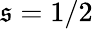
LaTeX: \mathfrak{s}=1/2